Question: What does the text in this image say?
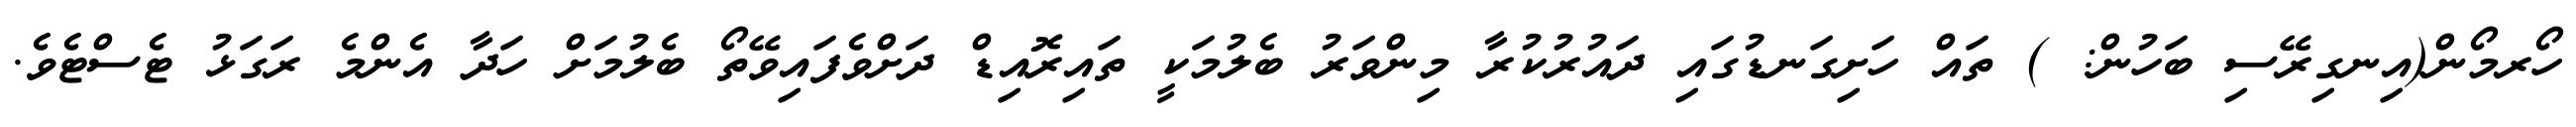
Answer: ހޯރމޯން(އިނގިރޭސި ބަހުން: ) ތައް ހަށިގަނޑުގައި ދައުރުކުރާ މިންވަރު ބެލުމަކީ ތައިރޮއިޑް ދަށްވެފައިވޭތޯ ބެލުމަށް ހަދާ އެންމެ ރަގަޅު ޓެސްޓެވެ.